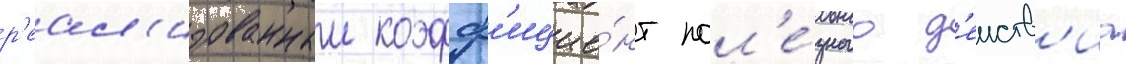
р'еал'изованныи коэфф'ицие́нт пол'е́зного д'еиств'иа